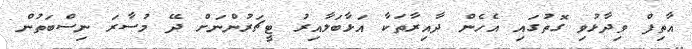
އާތިފް ވިދާޅުވި ގޮތުގައި އެހެން ދާއިރާތަކާ އަޅާބަލާއިރު ޓީޗަރުންނަށް ދޭ މުސާރަ ނިސްބަތުން